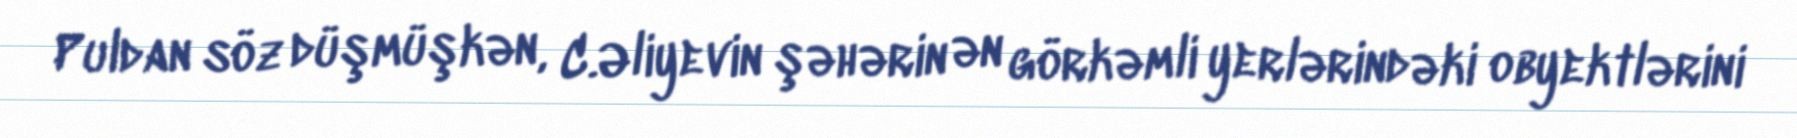
Puldan söz düşmüşkən, C.Əliyevin şəhərin ən görkəmli yerlərindəki obyektlərini